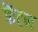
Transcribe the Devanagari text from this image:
फैंटन